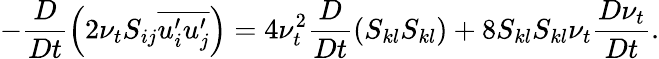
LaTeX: -\frac{D}{Dt}\left(2\nu_{t}S_{ij}\overline{{u_{i}^{\prime}u_{j}^{\prime}}}\right)=4\nu_{t}^{2}\frac{D}{Dt}\left(S_{kl}S_{kl}\right)+8S_{kl}S_{kl}\nu_{t}\frac{D\nu_{t}}{Dt}.